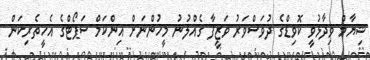
ޝިޔާމް ވިދާޅުވީ ކޮވިޑްގެ ދުވަސްވަރު ވަޒީފާ ގެއްލުނު މީހުންނަށް އިންކަމް ސަޕޯޓްގެ އެހީތެރިކަން